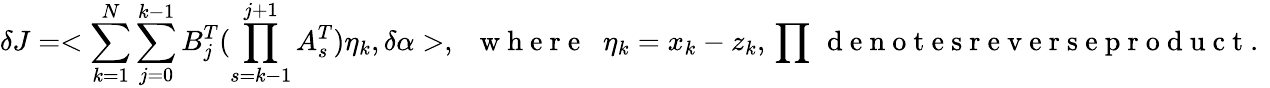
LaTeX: \delta J=<\sum_{k=1}^{N}\sum_{j=0}^{k-1}B_{j}^{T}(\prod_{s=k-1}^{j+1}A_{s}^{T})\eta_{k},\delta\alpha>,\; \; \mathrm{~w~h~e~r~e~}\; \; \eta_{k}=x_{k}-z_{k},\, \prod\, \mathrm{~d~e~n~o~t~e~s~r~e~v~e~r~s~e~p~r~o~d~u~c~t~.~}